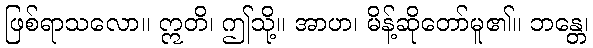
ဖြစ်ရာသလော။ ဣတိ၊ ဤသို့။ အာဟ၊ မိန့်ဆိုတော်မူ၏။ ဘန္တေ၊